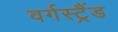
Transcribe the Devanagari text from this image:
वर्गस्ट्रैंड